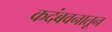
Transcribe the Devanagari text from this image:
कदंबवनातून